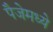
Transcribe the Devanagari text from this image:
पैजेमध्ये